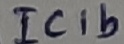
Text: IC1b